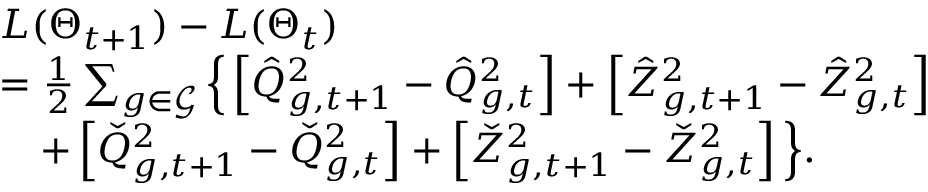
\begin{array} { r l } & { L ( \boldsymbol { \Theta } _ { t + 1 } ) - L ( \boldsymbol { \Theta } _ { t } ) } \\ & { = \frac { 1 } { 2 } \sum _ { g \in { \mathcal { G } } } \Big \{ \left[ \hat { Q } _ { g , t + 1 } ^ { 2 } - \hat { Q } _ { g , t } ^ { 2 } \right] + \left[ \hat { Z } _ { g , t + 1 } ^ { 2 } - \hat { Z } _ { g , t } ^ { 2 } \right] } \\ & { ~ ~ ~ + \left[ \check { Q } _ { g , t + 1 } ^ { 2 } - \check { Q } _ { g , t } ^ { 2 } \right] + \left[ \check { Z } _ { g , t + 1 } ^ { 2 } - \check { Z } _ { g , t } ^ { 2 } \right] \Big \} . } \end{array}